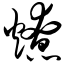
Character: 燎